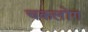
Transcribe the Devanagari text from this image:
चकलोंग